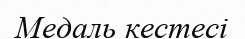
Медаль кестесі